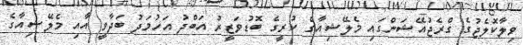
ވިލާކޮލެޖުގެ ގްރެޖުއޭޝަންގައި މެލޭޝިއާގެ ކުރީގެ ބޮޑުވަޒީރު އަބްދު އަހުމަދު ބަދާވީ އާއި މެލޭޝިއާގެ